Report on sanitation, dispensaries, and jails in Rajputana for 1919, and on vaccination for the year 1919-1920 - 1919-1920
Year: 1919
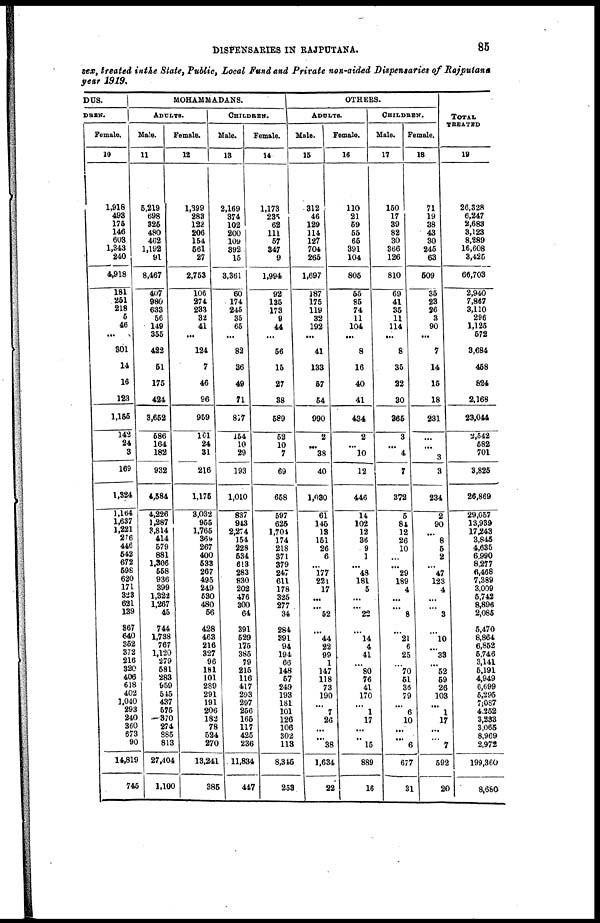
DISPENSARIES IN RAJPUTANA.
85
sex, treated in the State, Public, Local Fund and Private non-aided Dispensaries of Rajputana
year 1919.
DUS.
DREN.
Female.
10
1,918
493
175
146
603
1,343
240
4,918
181
251
218
5
46
...
301
14
16
123
1,156
142
24
3
169
1,324
1,164
1,637
1,221
276
446
542
672
598
620
171
323
621
139
367
640
352
372
216
320
406
618
402
1,040
293
240
360
673
90
14,819
745
MOHAMMADANS.
ADULTS.
Male.
11
5,219
698
325
480
462
1,192
91
8,467
407
980
633
56
149
355
422
51
175
424
3,652
586
164
182
932
4,584
4,226
1,287
3,814
414
579
881
1,306
558
936
399
1,322
1,267
45
744
1,738
767
1,120
279
581
283
959
545
437
575
370
274
885
813
27,404
1,100
Female.
12
1,399
283
122
206
154
561
27
2,753
106
274
233
32
41
...
124
7
46
96
959
161
24
31
216
1,175
3,032
955
1,765
369
267
400
533
267
495
249
530
480
56
428
463
216
327
96
181
101
289
291
191
206
182
78
524
270
13,241
385
CHILDREN.
Male.
13
2,169
374
102
200
109
392
15
3,361
60
174
245
35
65
...
82
36
49
71
817
154
10
29
193
1,010
837
943
2,274
154
228
534
613
283
830
202
476
300
64
311
529
175
385
79
215
116
417
293
297
256
165
117
425
236
11,834
447
Female.
14
1,173
235
62
111
57
347
9
1,994
92
135
173
9
44
...
56
15
27
38
589
52
10
7
69
658
597
625
1,704
174
218
371
379
247
611
178
325
277
34
284
391
94
194
66
148
57
249
193
181
101
126
106
302
118
8,345
253
OTHERS.
ADULTS.
Male.
15
312
46
129
114
127
704
265
1,697
187
175
119
32
192
...
41
133
57
54
990
2
...
38
40
1,030
61
145
13
151
26
6
...
177
221
17
...
...
52
...
44
22
99
1
147
118
73
190
...
7
26
...
...
38
1,634
22
Female.
16
110
21
59
55
65
391
104
805
55
85
74
11
104
...
8
16
40
41
434
2
...
10
12
446
14
102
12
36
9
1
...
48
181
5
...
...
22
...
14
4
41
...
80
76
41
170
...
1
17
...
...
15
889
16
CHILDREN.
Male.
17
150
17
39
82
30
366
126
810
69
41
35
11
114
...
8
35
22
30
365
3
...
4
7
372
5
84
12
26
10
...
...
29
189
4
...
...
8
...
21
6
25
...
70
51
36
79
...
6
10
...
...
6
677
31
Female.
18
71
19
38
43
30
245
63
509
35
23
26
3
90
...
7
14
15
18
231
...
...
3
3
234
2
90
...
8
5
2
...
47
123
4
...
...
3
...
10
...
33
...
52
59
26
103
...
1
17
...
...
7
592
20
TOTAL
TREATED
19
26,328
6,247
2,683
3,123
8,289
16,608
3,425
66,703
2,940
7,867
3,110
296
1,125
572
3,684
458
824
2,168
23,044
2,542
582
701
3,825
26,869
29,057
13,939
17,243
3,845
4,635
6,990
8,277
6,468
7,389
3,009
5,742
8,896
2,085
5,470
8,864
6,852
5,746
3,141
5,191
4,949
6,699
5,295
7,087
4,252
3,233
3,065
8,969
2,972
199,360
8,680